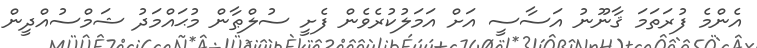
އެންމެ ފުރަތަމަ ޤާނޫނު އަސާސީ އަށް އަމަލުކުރެވެން ފެށީ ސުލްޠާން މުޙައްމަދު ޝަމްސުއްދީން